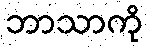
ဘာသာကို